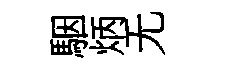
駰炳无